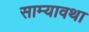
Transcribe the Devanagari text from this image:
साम्यावथा